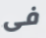
فى